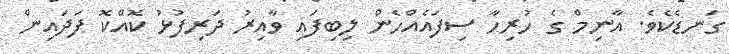
ގަނޑެކެވެ. އާނިމްް ގެ ހުރިހާ ސިފައެއްހެން ލިބިފައި ވާއިރު ދަރިފުޅު ކޮއްކޮ ފަދައިން